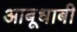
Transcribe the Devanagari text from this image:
आबूधाबी